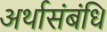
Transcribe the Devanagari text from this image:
अर्थासंबंधि